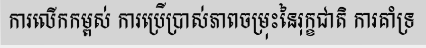
ការលើកកម្ពស់ ការប្រើប្រាស់ភាពចម្រុះនៃរុក្ខជាតិ ការគាំទ្រ